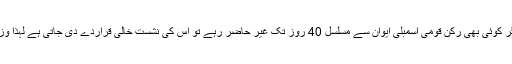
عوامی مسلم لیگ کے سربراہ شیخ رشید احمد نے کہا کہ اگر کوئی بھی رکن قومی اسمبلی ایوان سے مسلسل 40 روز تک غیر حاضر رہے تو اس کی نشست خالی قراردے دی جاتی ہے لہٰذا وزیراعظم کی نشست قانون کے مطابق خالی قرار دی جائے۔